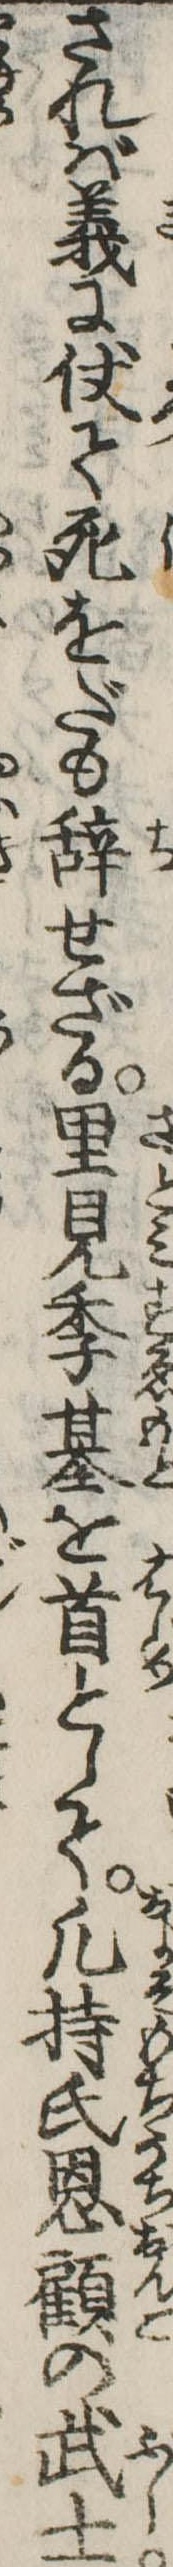
されば義に仗て死をだも辞せざる里見季基を首として凡持氏恩顧の武士